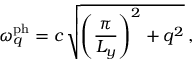
\omega _ { q } ^ { \mathrm { p h } } = c \, \sqrt { \left( \frac { \pi } { L _ { y } } \right) ^ { 2 } + q ^ { 2 } } \, ,